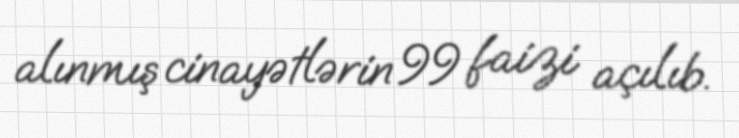
alınmış cinayətlərin 99 faizi açılıb.